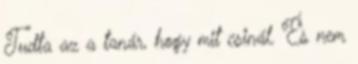
Tudta az a tanár, hogy mit csinál. És nem